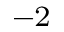
^ { - 2 }